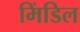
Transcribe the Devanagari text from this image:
मिंडिल